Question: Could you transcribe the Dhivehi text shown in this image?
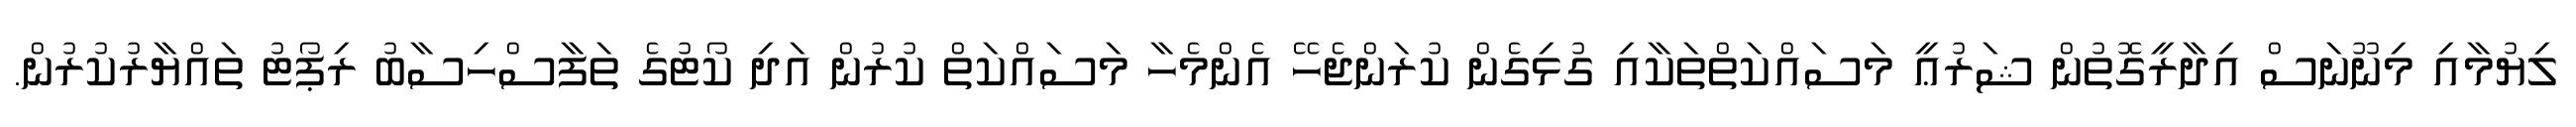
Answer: ލިޔުމާއި މިނޫނަސް އިދާރީގޮތުން ޝަރުޢީ މަސައްކަތްތަކާއި ގުޅިގެން ކުރަންޖެހޭ އެންމެހާ މަސައްކަތް ކުރުން އަދި ކޯޓުގެ ތަފާސްހިސާބު ރިޕޯޓު ތައްޔާރުކުރުން.